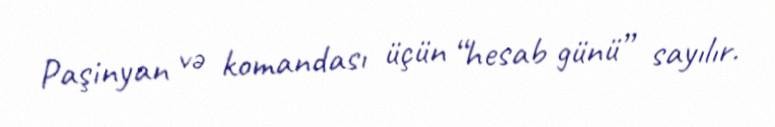
Paşinyan və komandası üçün “hesab günü” sayılır.